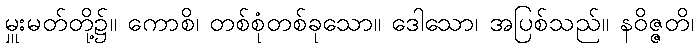
မှူးမတ်တို့၌။ ကောစိ၊ တစ်စုံတစ်ခုသော။ ဒေါသော၊ အပြစ်သည်။ နဝိဇ္ဇတိ၊